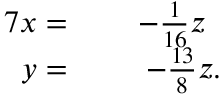
\begin{array} { r l r } { { 7 } x = \; } & { { } } & { - { \frac { 1 } { 1 6 } } z \, \, \, } \\ { y = \; } & { { } } & { - { \frac { 1 3 } { 8 } } z . } \end{array}